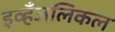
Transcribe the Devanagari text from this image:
इव्हँजलिकल